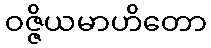
ဝဇ္ဇိယမာဟိတော